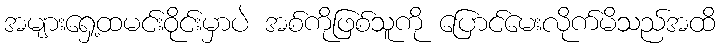
အများရှေ့ထမင်းဝိုင်းမှာပဲ အစ်ကိုဖြစ်သူကို ပြောင်မေးလိုက်မိသည်အထိ